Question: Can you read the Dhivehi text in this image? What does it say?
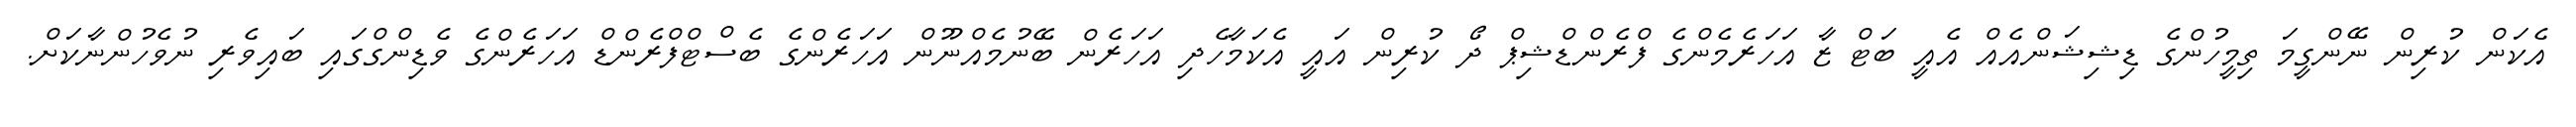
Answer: އެކަން ކުރިން ނޭންގީމަ ތިމީހުންގެ ޑިޝިޝަންއެއް އެއީ ބަޓް ޒާ އަހަރެމެންގެ ފްރެންޑްޝިޕް ދޯ ކުރިން އައީ އެކަމާހެދި އަހަރެން ބޭނުމެއްނޫން އަހަރެންގެ ބެސްޓްފްރެންޑް އަހަރެންގެ ވެޑިންގްގައި ބައިވެރި ނުވެހުންނާކަށް.